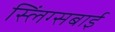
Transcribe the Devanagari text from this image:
स्लिंग्सबाई